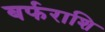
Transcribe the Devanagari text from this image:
बर्फराशि